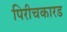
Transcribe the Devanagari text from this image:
पिरीचकारड